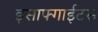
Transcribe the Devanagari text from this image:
इसाफ्गाईटस